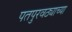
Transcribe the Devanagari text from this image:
पतपुरवठ्याच्या